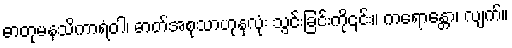
ဓာတုမနသိကာရံဝါ၊ ဓာတ်အစုသာဟုနှလုံး သွင်းခြင်းကို၎င်း။ ကရောန္တော၊ လျက်။